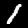
Digit: 1